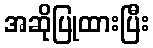
အဆိုပြုထားပြီး